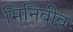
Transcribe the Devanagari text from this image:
मिनिवीव